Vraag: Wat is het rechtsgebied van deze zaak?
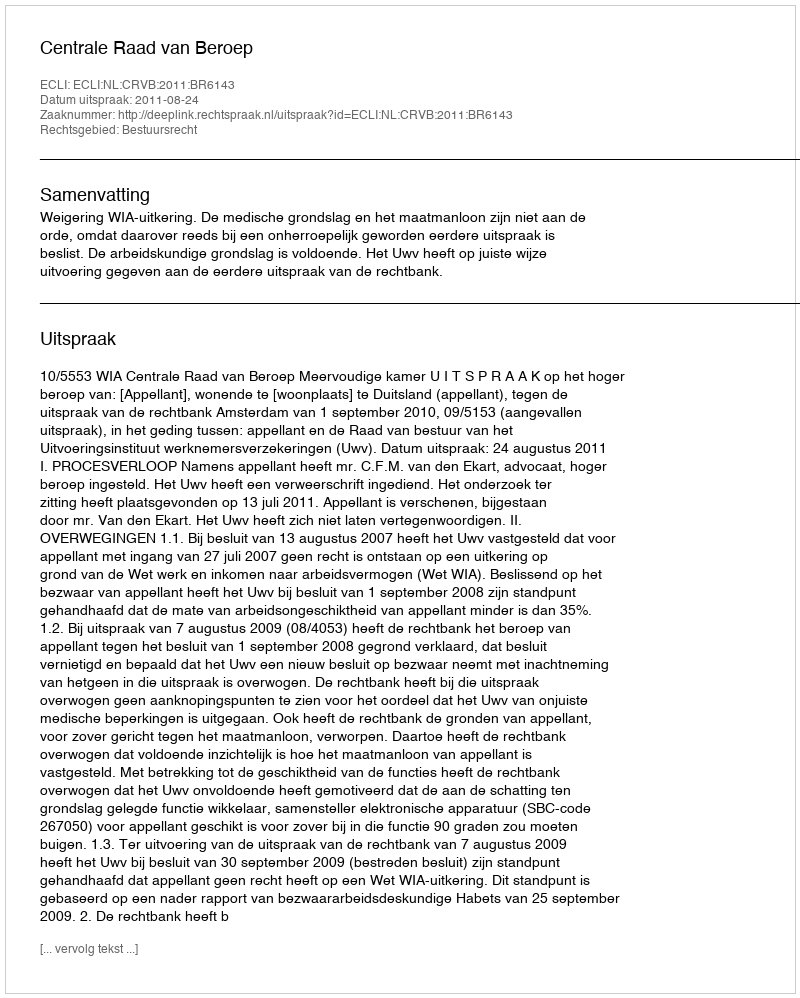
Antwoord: Bestuursrecht